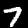
Digit: 7